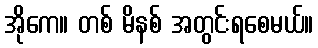
အိုကေ။ တစ် မိနစ် အတွင်းရစေမယ်။